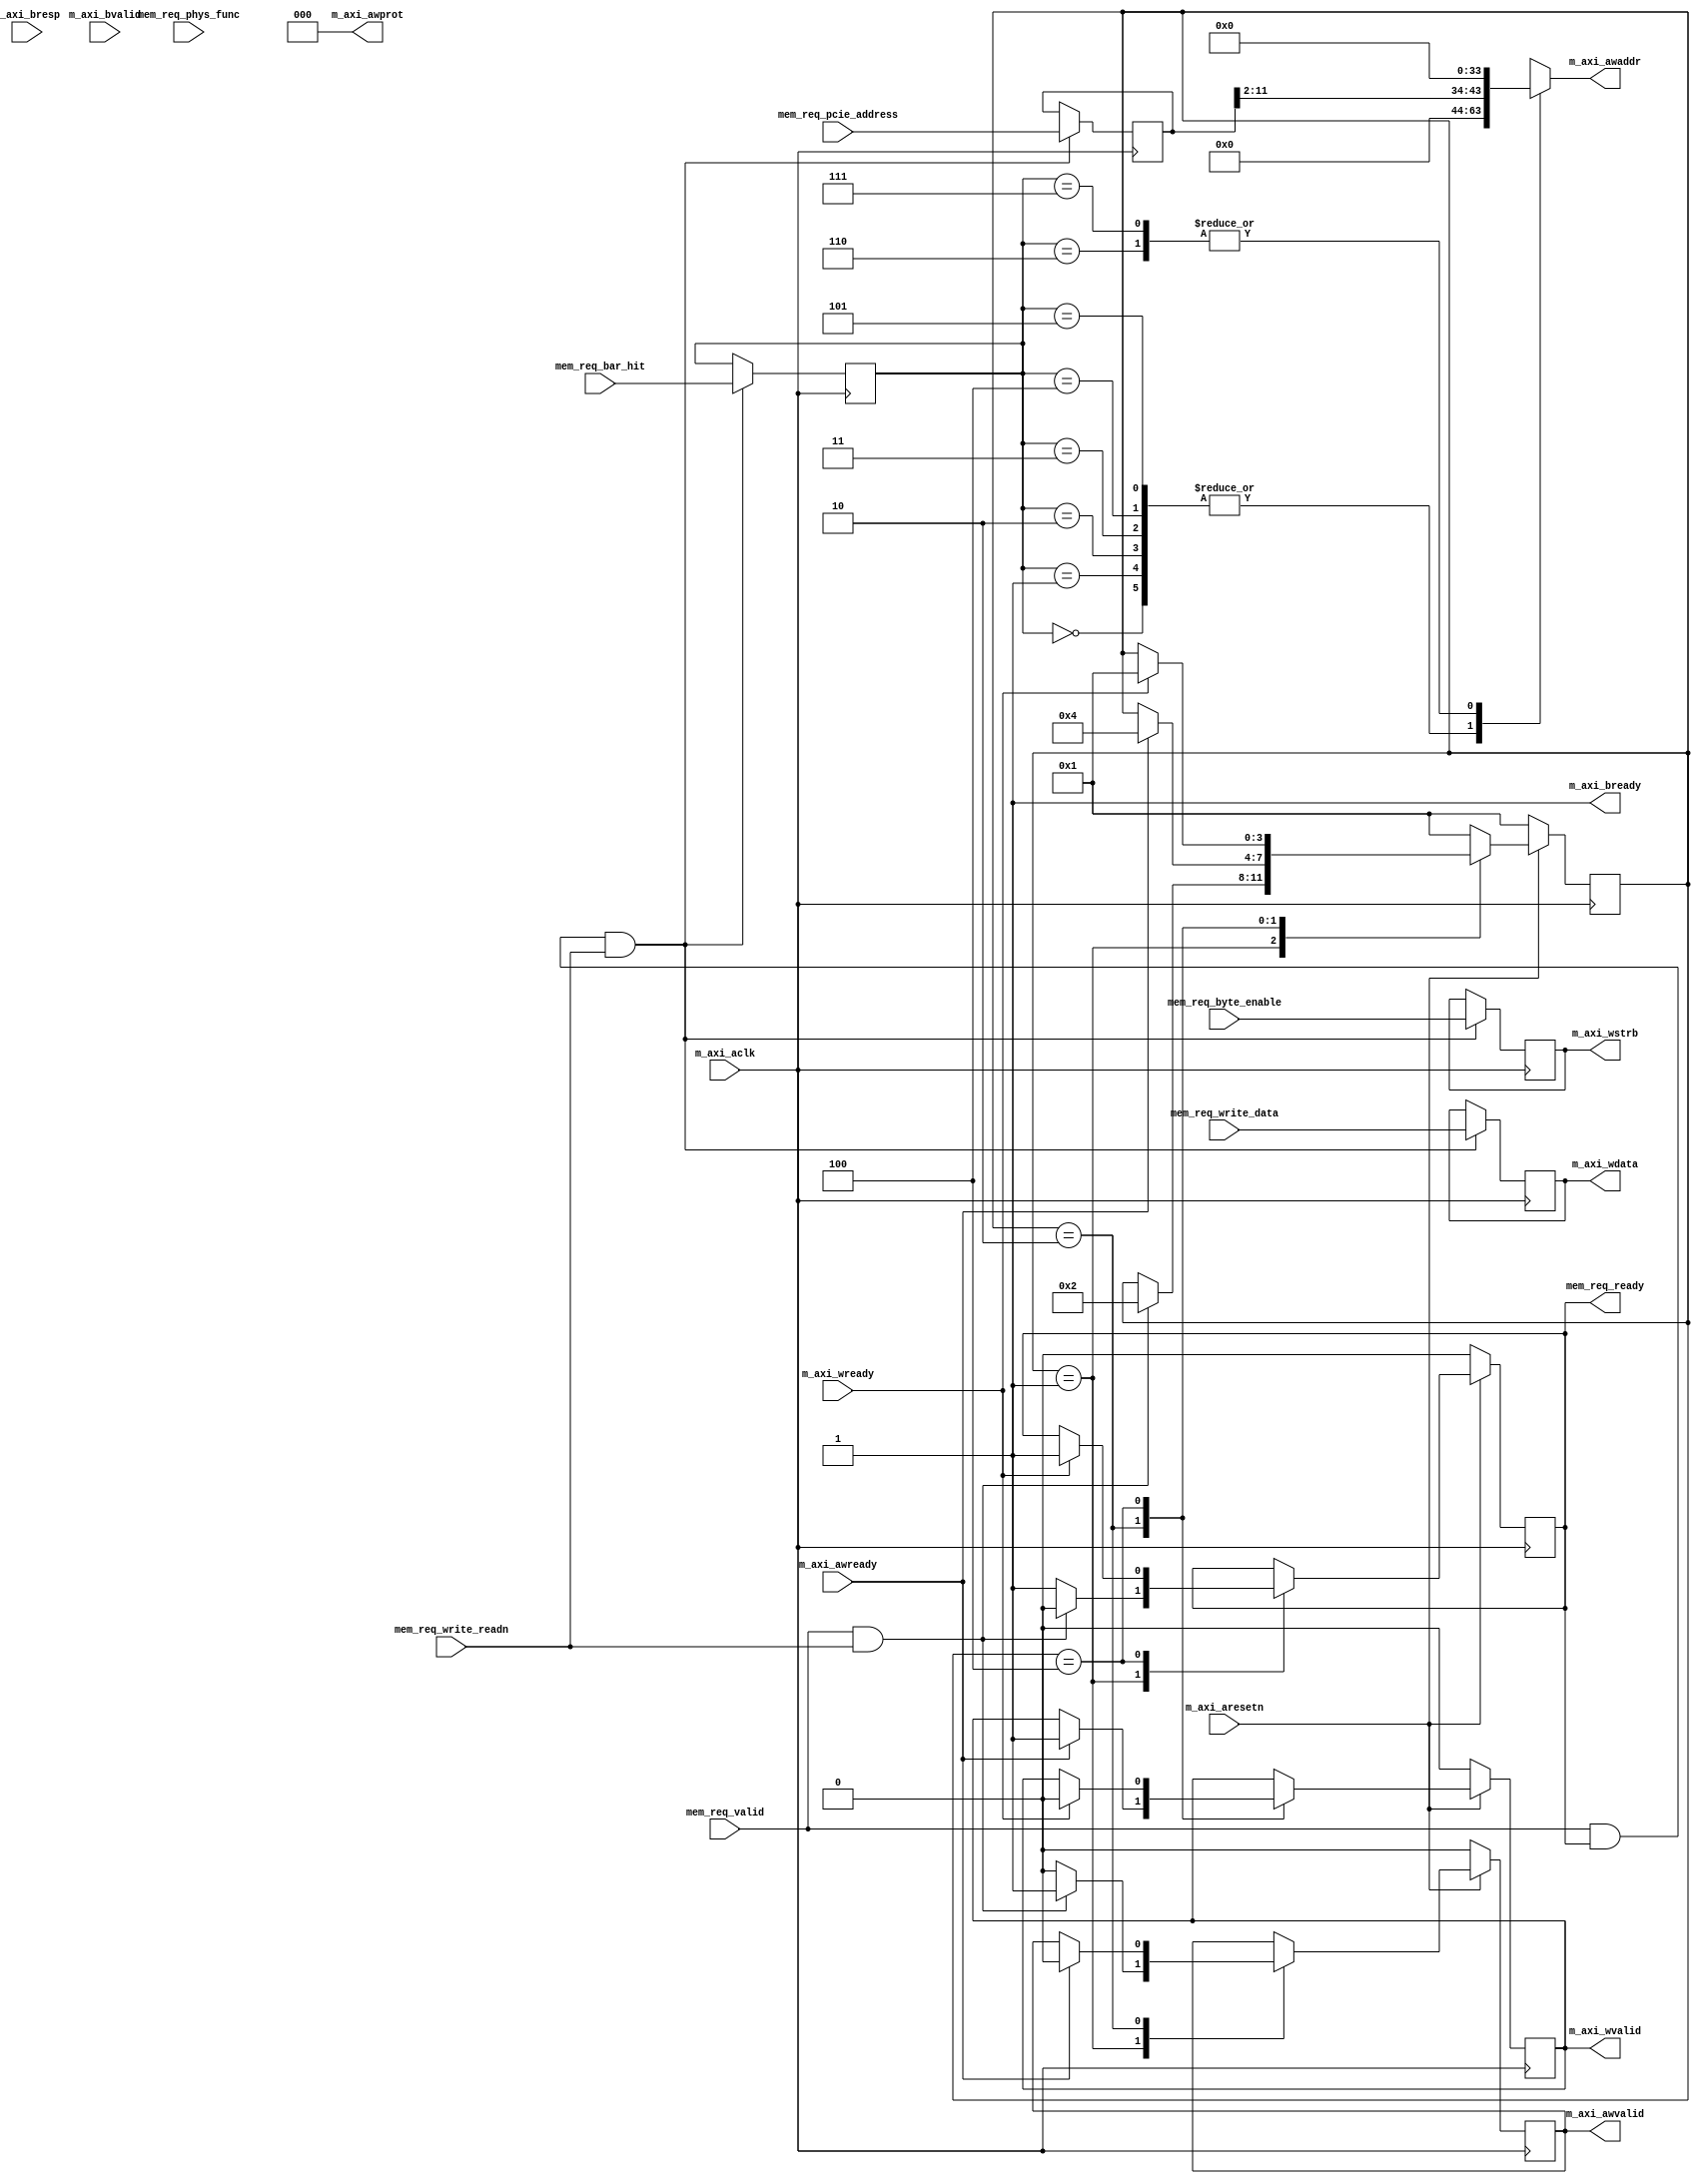
module axi_write_controller# (
  parameter TCQ                        = 1, 
  parameter M_AXI_TDATA_WIDTH          = 32,
  parameter M_AXI_ADDR_WIDTH           = 32,
  parameter M_AXI_IDWIDTH              = 5,
  parameter  BAR0AXI                   = 64'h00000000,
  parameter  BAR1AXI                   = 64'h00000000,
  parameter  BAR2AXI                   = 64'h00000000,
  parameter  BAR3AXI                   = 64'h00000000,
  parameter  BAR4AXI                   = 64'h00000000,
  parameter  BAR5AXI                   = 64'h00000000, 
  parameter  BAR0SIZE                  = 12,
  parameter  BAR1SIZE                  = 12,
  parameter  BAR2SIZE                  = 12,
  parameter  BAR3SIZE                  = 12,
  parameter  BAR4SIZE                  = 12,
  parameter  BAR5SIZE                  = 12
 ) (

  input                                 m_axi_aclk,
  input                                 m_axi_aresetn,
 
  
  output [M_AXI_ADDR_WIDTH-1 : 0]       m_axi_awaddr,
  output [2 : 0]                        m_axi_awprot,
  output                                m_axi_awvalid,
  input                                 m_axi_awready,
    
  output [M_AXI_TDATA_WIDTH-1 : 0]      m_axi_wdata,
  output [M_AXI_TDATA_WIDTH/8-1 : 0]    m_axi_wstrb,
  output                                m_axi_wvalid,
  input                                 m_axi_wready,
    
  input  [1 : 0]                        m_axi_bresp,
  input                                 m_axi_bvalid,
  output                                m_axi_bready,
  
  //Memory Request TLP Info
  input                                 mem_req_valid,
  output                                mem_req_ready,
  input [2:0]                           mem_req_bar_hit,
  input [31:0]                          mem_req_pcie_address,
  input [3:0]                           mem_req_byte_enable,
  input                                 mem_req_write_readn,
  input                                 mem_req_phys_func,
  input [31:0]                          mem_req_write_data
  
  );
  
  localparam IDLE       = 4'b0001;
  localparam WRITE_REQ  = 4'b0010;
  localparam WRITE_DATA = 4'b0100;
 
  reg [3:0] aximm_wr_sm = IDLE;
  
  reg                 mem_req_ready_r;
  reg                 m_axi_awvalid_r;
  reg                 m_axi_wvalid_r;
  reg [31:0]          m_axi_addr_c;
  
  reg [3:0]           mem_req_byte_enable_r;
  reg [2:0]           mem_req_bar_hit_r;
  reg [31:0]          mem_req_pcie_address_r;
  reg [31:0]          mem_req_write_data_r;
  
 
  always @(posedge m_axi_aclk)
     if ( !m_axi_aresetn ) begin
        aximm_wr_sm     <= #TCQ IDLE;
        mem_req_ready_r <= #TCQ 1'b0;
        m_axi_awvalid_r <= #TCQ 1'b0;
        m_axi_wvalid_r  <= #TCQ 1'b0;
     end else
        case (aximm_wr_sm)
           IDLE : begin
              if ( mem_req_valid & mem_req_write_readn ) begin
                aximm_wr_sm     <= #TCQ WRITE_REQ;
                m_axi_awvalid_r <= #TCQ 1'b1;
                mem_req_ready_r <= #TCQ 1'b0;
              end else begin
                m_axi_awvalid_r <= #TCQ 1'b0;
                mem_req_ready_r <= #TCQ 1'b1;
              end
           end
           WRITE_REQ : begin
              if (m_axi_awready) begin
                aximm_wr_sm     <= #TCQ WRITE_DATA;
                m_axi_awvalid_r <= #TCQ 1'b0;
                m_axi_wvalid_r  <= #TCQ 1'b1;
              end 
           end
           WRITE_DATA : begin
              if (m_axi_wready) begin
                aximm_wr_sm   <= #TCQ IDLE;
                m_axi_wvalid_r <= #TCQ 1'b0;
                mem_req_ready_r <= #TCQ 1'b1;
              end 
           end
           default : begin  // Fault Recovery
              aximm_wr_sm <= #TCQ IDLE;
           end   
        endcase  
        
  assign mem_req_ready = mem_req_ready_r;      
  
  assign m_axi_awaddr  = m_axi_addr_c;
  assign m_axi_awprot  = 0;
  assign m_axi_awvalid = m_axi_awvalid_r;
        
  assign m_axi_wdata  = mem_req_write_data_r;
  assign m_axi_wstrb  = mem_req_byte_enable_r;
  assign m_axi_wvalid = m_axi_wvalid_r;
        
  assign m_axi_bready = 1'b1; 
  
  always @(posedge m_axi_aclk) begin
    if ( mem_req_valid & mem_req_ready & mem_req_write_readn ) begin
      mem_req_byte_enable_r   <= mem_req_byte_enable;
      mem_req_bar_hit_r       <= mem_req_bar_hit;
      mem_req_pcie_address_r  <= mem_req_pcie_address;
      mem_req_write_data_r    <= mem_req_write_data;
    end
  end
  
  always @( mem_req_bar_hit_r, mem_req_pcie_address_r )    
     case ( mem_req_bar_hit_r )
        3'b000: m_axi_addr_c <= { BAR0AXI[M_AXI_ADDR_WIDTH-1:BAR0SIZE], mem_req_pcie_address_r[BAR0SIZE-1:2],2'b00};
        3'b001: m_axi_addr_c <= { BAR1AXI[M_AXI_ADDR_WIDTH-1:BAR1SIZE], mem_req_pcie_address_r[BAR1SIZE-1:2],2'b00};
        3'b010: m_axi_addr_c <= { BAR2AXI[M_AXI_ADDR_WIDTH-1:BAR2SIZE], mem_req_pcie_address_r[BAR2SIZE-1:2],2'b00};
        3'b011: m_axi_addr_c <= { BAR3AXI[M_AXI_ADDR_WIDTH-1:BAR3SIZE], mem_req_pcie_address_r[BAR3SIZE-1:2],2'b00};
        3'b100: m_axi_addr_c <= { BAR4AXI[M_AXI_ADDR_WIDTH-1:BAR4SIZE], mem_req_pcie_address_r[BAR4SIZE-1:2],2'b00};
        3'b101: m_axi_addr_c <= { BAR5AXI[M_AXI_ADDR_WIDTH-1:BAR5SIZE], mem_req_pcie_address_r[BAR5SIZE-1:2],2'b00};
        3'b110: m_axi_addr_c <= 32'd0;
        3'b111: m_axi_addr_c <= 32'd0;
     endcase  
  
  
endmodule